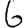
Digit: 6